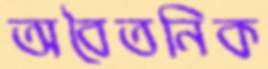
অবৈতনিক